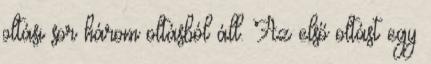
oltási sor három oltásból áll. Az első oltást egy